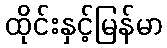
ထိုင်းနှင့်မြန်မာ